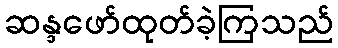
ဆန္ဒဖော်ထုတ်ခဲ့ကြသည်